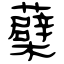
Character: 蘗